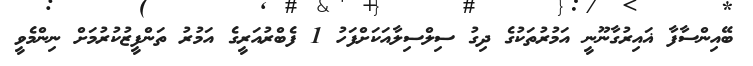
ބޭއިންސާފާ ޣައިރުގާނޫނީ އަމުރުތަކުގެ ދިގު ސިލްސިލާއަކަށްފަހު 1 ފެބްރުއަރީގެ އަމުރު ތަންފީޒުކުރުމަށް ނިންމެވީ